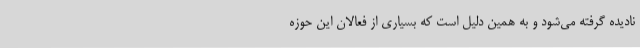
نادیده گرفته می‌شود و به همین دلیل است که بسیاری از فعالان این حوزه